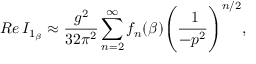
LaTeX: R e \, I _ { 1 _ { \beta } } \approx \frac { g ^ { 2 } } { 3 2 \pi ^ { 2 } } \sum _ { n = 2 } ^ { \infty } f _ { n } ( \beta ) \Bigg ( \frac { \: 1 } { - p ^ { 2 } } \Bigg ) ^ { n / 2 } ,